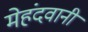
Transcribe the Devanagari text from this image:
मेहंदवानी